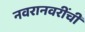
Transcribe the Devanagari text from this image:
नवरानवरींची